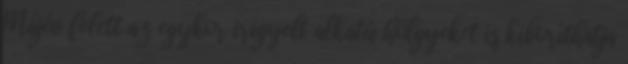
Májév felett az egykor irigyelt alkatú hölgyeket is kiboríthatja